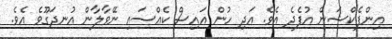
އިންފެކްޝަން އުފެދެ އެވެ. އަދި ހުން އައިސް ކެއްސައި ނޭވާލާން އުނދަގޫވެ އެވެ.